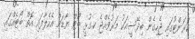
ކަރަންޓުގައި ޖެހިގެން ބިދޭސީއަކު މަރުވެއްޖެ ކ.ގުޅީ ބޯޓް ޔާޑަށް އެހެލާފައި އޮތް ބޯޓެއްގައި